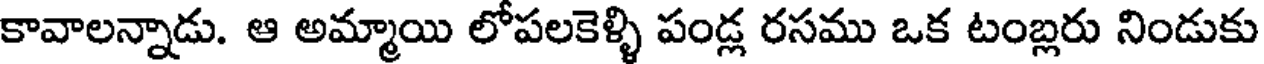
కావాలన్నాడు. ఆ అమ్మాయి లోపలకెళ్ళి పండ్ల రసము ఒక టంబ్లరు నిండుకు